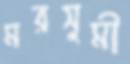
মরসুমী